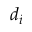
d _ { i }